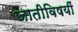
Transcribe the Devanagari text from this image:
जातीविषयीं